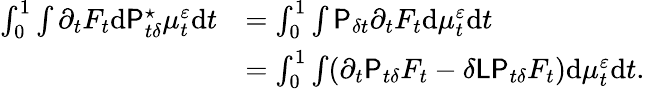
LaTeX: \begin{array}{rl}{\int_{0}^{1}\int\partial_{t}F_{t}\mathrm{d}\mathsf{P}_{t\delta}^{\star}\mu_{t}^{\varepsilon}\mathrm{d}t}&{=\int_{0}^{1}\int\mathsf{P}_{\delta t}\partial_{t}F_{t}\mathrm{d}\mu_{t}^{\varepsilon}\mathrm{d}t}\\ &{=\int_{0}^{1}\int(\partial_{t}\mathsf{P}_{t\delta}F_{t}-\delta\mathsf{L}\mathsf{P}_{t\delta}F_{t})\mathrm{d}\mu_{t}^{\varepsilon}\mathrm{d}t.}\end{array}